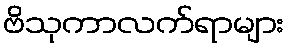
ဗိသုကာလက်ရာများ